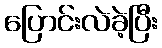
ပြောင်းလဲခဲ့ပြီး